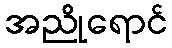
အညိုရောင်